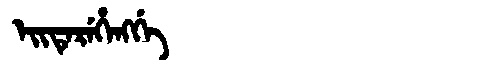
Manchu: ᡝᡳᡨᡝᡵᡝᡥᡝᠩᡤᡝ
Romanization: EITEREHENGGE